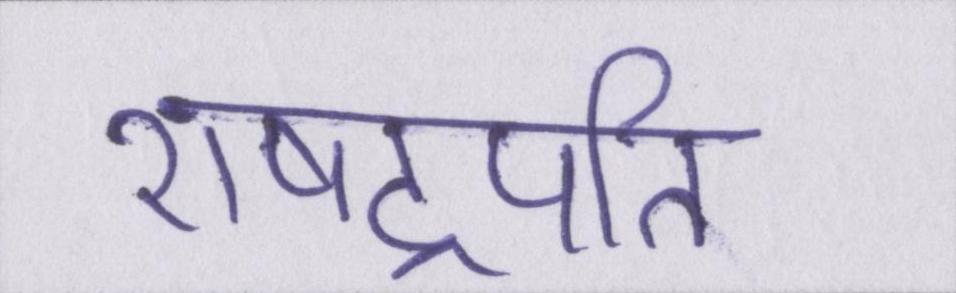
राषट्रपति